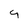
Character: 4